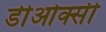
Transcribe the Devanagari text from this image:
डीओक्सी